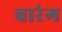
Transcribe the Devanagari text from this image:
बारंग